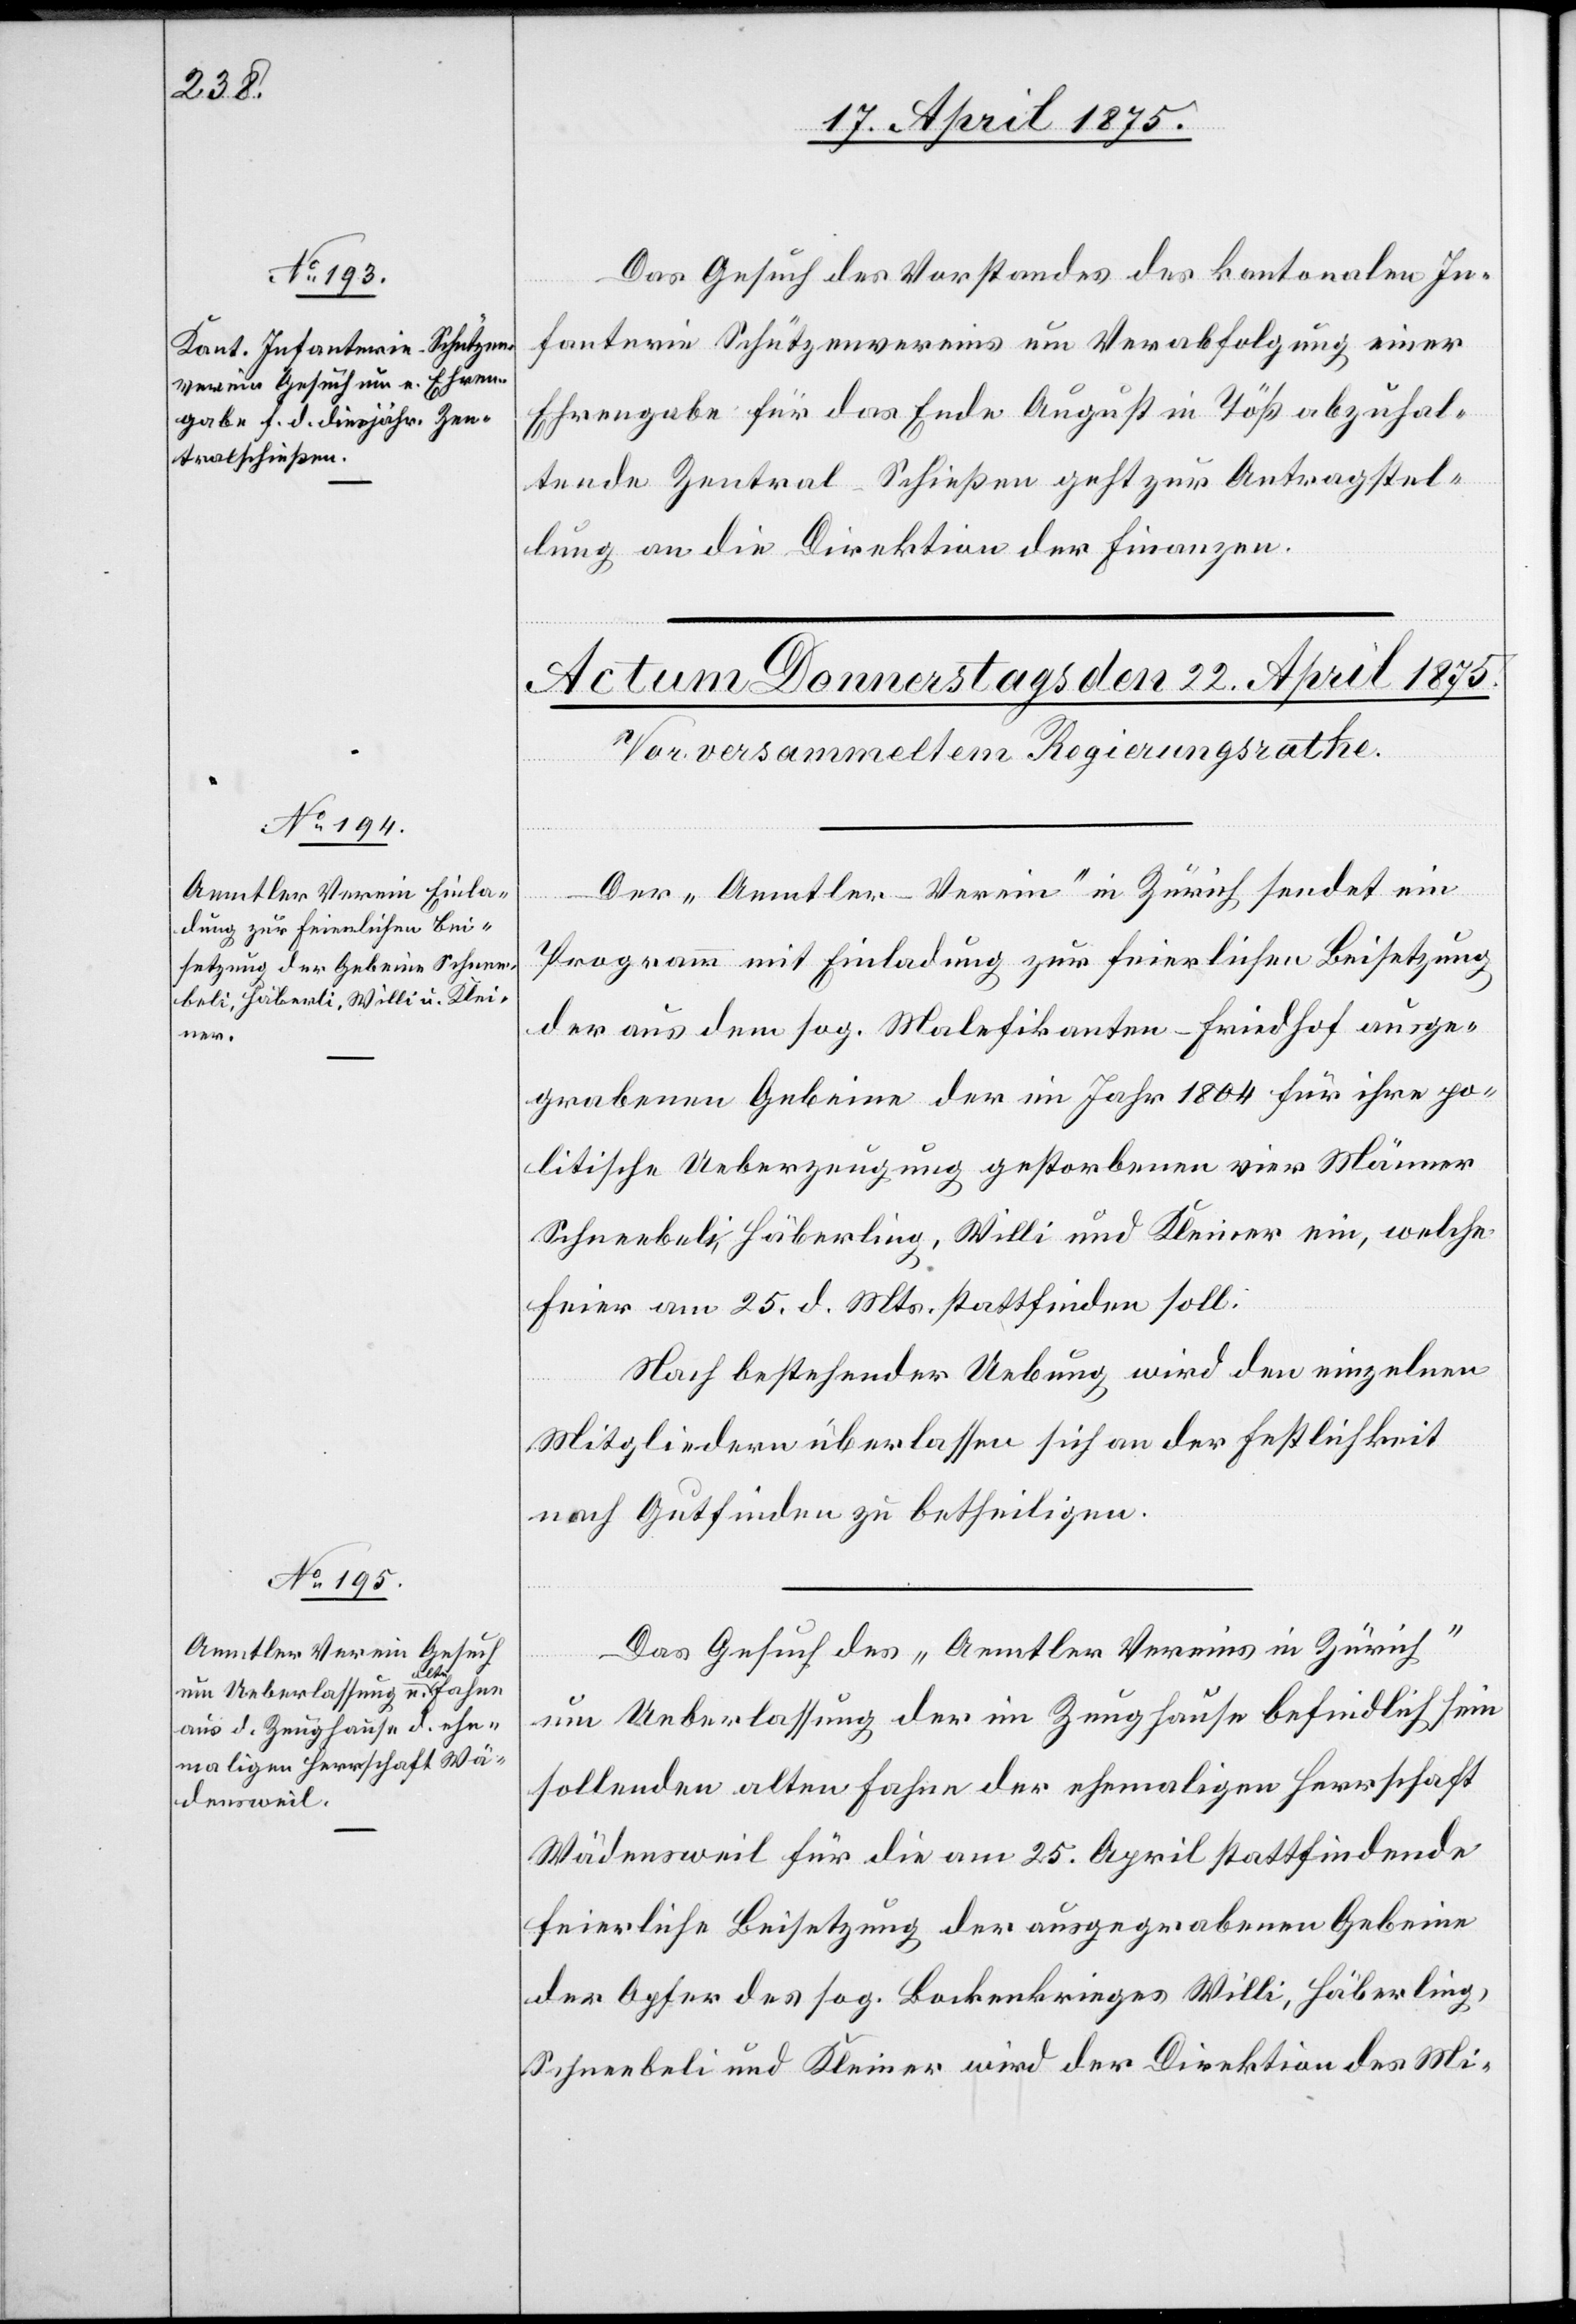
21. April 1875.]
Das Gesuch des Vorstandes des kantonalen In¬
fanterie Schützenvereins um Verabfolgung einer
Ehrengabe für das Ende August in Töß abzuhal¬
tende Zentral-Schießen geht zur Antragstel¬
lung an die Direktion der Finanzen.
Der „Aemtler-Verein“ in Zürich sendet ein
Programm mit Einladung zur feierlichen Beisetzung
der aus dem sog. Malefikanten-Friedhof ausge¬
grabenen Gebeine der im Jahr 1804 für ihre po¬
litische Ueberzeugung gestorbenen vier Männer
Schneebeli, Häberling [sic!], Willi und Kleiner ein, welche
Feier am 25. d. Mts stattfinden soll.
Nach bestehender Uebung, wird den einzelnen
Mitgliedern überlassen sich an der Festlichkeit
nach Gutfinden zu betheiligen.
Das Gesuch des „Aemtler Vereins in Zürich“
um Ueberlassung der im Zeughause befindlich sein
sollenden alten Fahne der ehemaligen Herrschaft
Wädensweil für die am 25. April stattfindende
feierliche Beisetzung der ausgegrabenen Gebeine
der Opfer des sog. Lockenkrieges Willi, Häberling,
Schneebeli und Kleiner wird der Direktion des Mi-